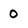
Character: 0